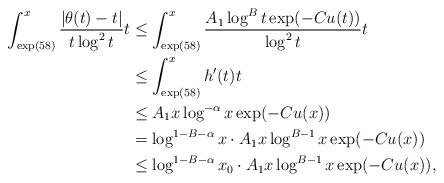
LaTeX: \begin{align*} \int_{\exp(58)}^x\frac{|\theta(t) - t|}{t\log^2 t}t &\le \int_{\exp(58)}^{x}\frac{A_1 \log^B t\exp(-Cu(t))}{\log^2 t}t\\ &\le \int_{\exp(58)}^{x}h'(t)t \\ &\leq A_1x\log^{-\alpha}x\exp(-Cu(x))\\ &= \log^{1 - B - \alpha}x \cdot A_1x\log^{B-1} x\exp(-Cu(x))\\ &\le \log^{1 - B - \alpha}x_0 \cdot A_1x\log^{B-1} x\exp(-Cu(x)),\end{align*}